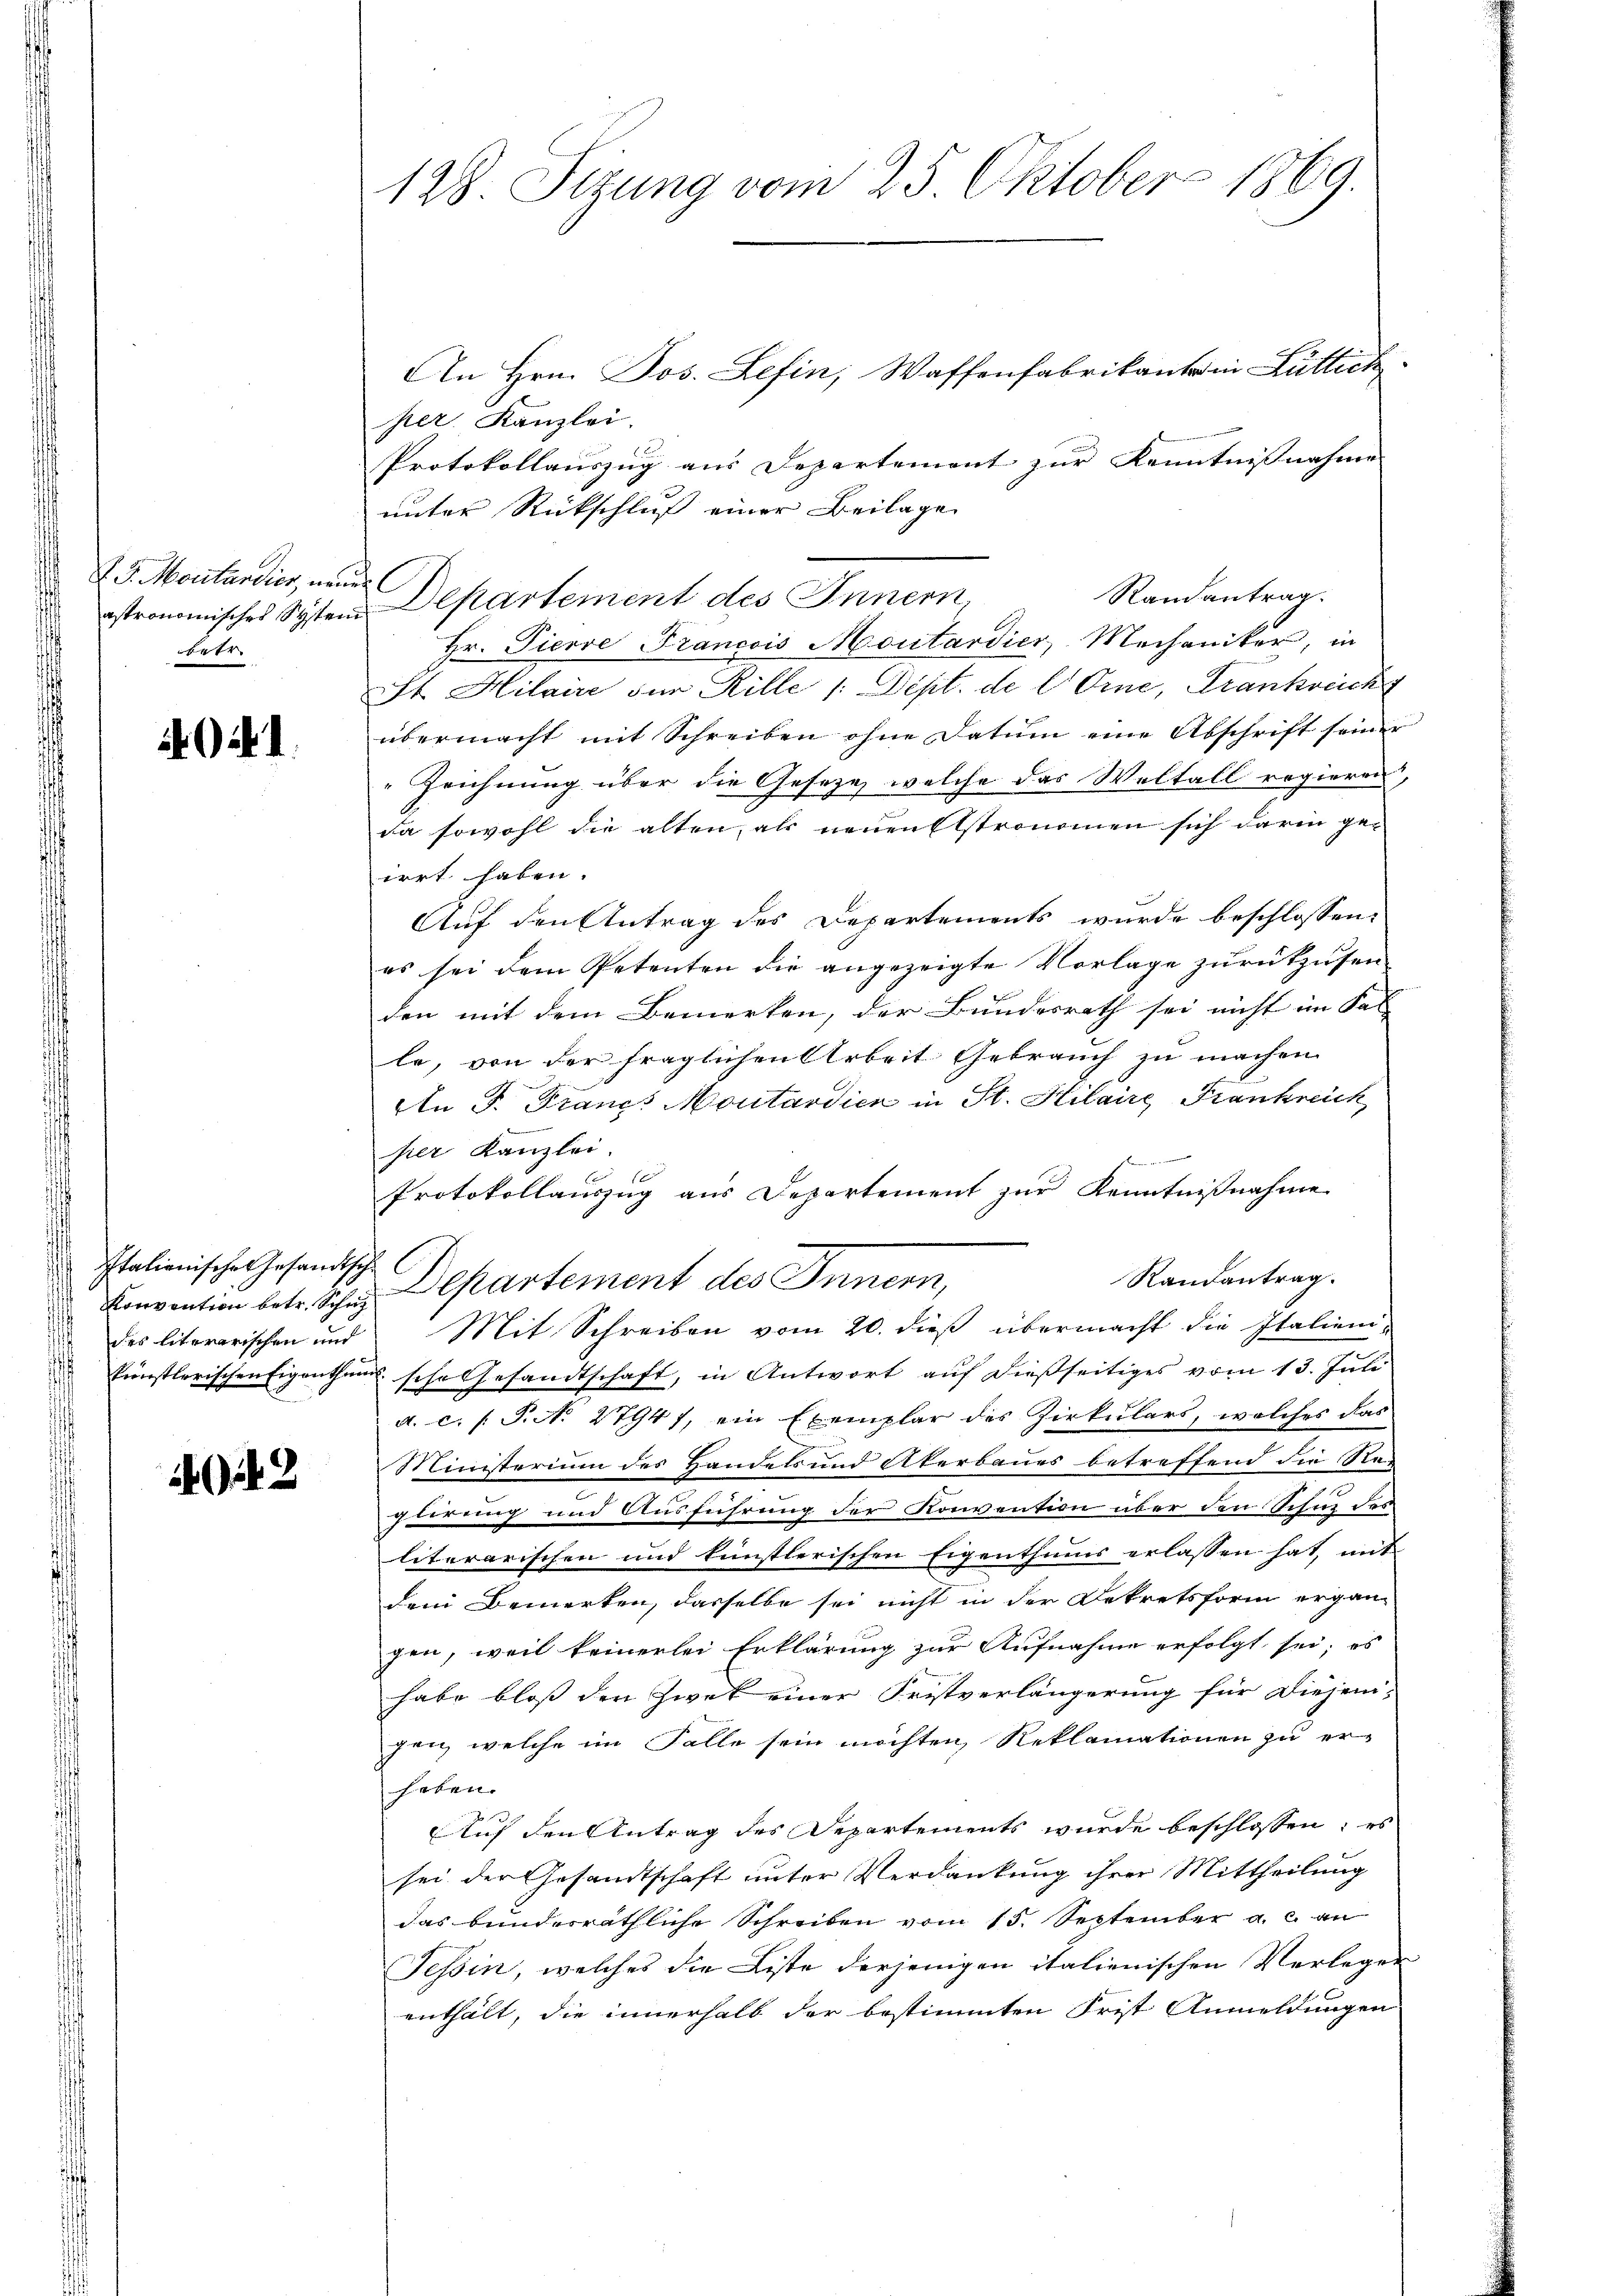
F. J. Montandier, neuer
astronomisches System
betr

A u. d

d Italienische Gesandtschl
des literarischen und
künstlerischen Eigenthu

43

128. Sizung vom 25. Oktober 1869.

An Hrn. Jos. Lefin, Waffenfabrikant in Lüttich
per. Kanzlei.
Protokollauszug aus Departement zur Kenntnisnahme |
unter Rückschluß einer Beilage
Departement des Innern,
Hr. Pierre Francois Montardier, Mechaniker, in
St. Hilaire der Hille /: Dépt. de l. Orine, Frankreich
übermacht mit Schreiben ohne Datum eine Abschrift seiner
Zeichnung über die Geseze, welche das Weltall regieren,
da sowohl die alten, als neuen Elstronomen sich darin ge-
irrt haben.
Auf den Antrag des Departements wurde beschlossen:
es sei dem Petenten die angezeigte Vorlage zurückzusen
den mit dem Bemerken, der Bundesrath sei nicht im Fa
le, von der fraglichen Arbeit Gebrauch zu machen.
An P. Francs Montardien in St. Hilaire Frankreich
per Kanzlei.
die eine einer nichte
Protokollauszug aus Departement zur Kenntnißnahme
Randantrag.
Konvention betr. Sch. Departement des Innern,
Mit Schreiben vom 20. dieß übermacht die Italienia sche Gesandtschaft, in Antwort auf dießseitiges vom 13. Juli
a. c. (T. N. 27947, ein Exemplar des Zirkulars, welches das
Ministerium des Handels und Akerbaues betreffend die Raplirung und Ausführung der Konvention über den Schne des
literarischen und kunstlerischen Eigenthums erlassen hat, mit
dem Bemerken, dasselbe sei nicht in der Dekretsform ergängen, weil keinerlei Erklärung zur Aufnahme erfolgt sei; es
habe bloss den Zwek einer Fristverlängerung für Diejeni-
gen, welche im Falle sein möchten, Reklamationen zu erheben.
Auf den Antrag des Departements wurde beschlossen; es
sei der Gesandtschaft unter Verdankung ihrer Mittheilung
das bunderräthliche Schreiben vom 15. September a. c. an
Tessin, welches die Liste derjenigen italienischen Verleger
enthält, die innerhalb der bestimmten Frist Anmeldungen

Randantrag.